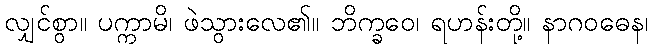
လျှင်စွာ။ ပက္ကာမိ၊ ဖဲသွားလေ၏။ ဘိက္ခဝေ၊ ရဟန်းတို့။ နာဂဝဓေန၊